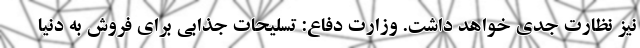
نیز نظارت جدی خواهد داشت. وزارت دفاع: تسلیحات جذابی برای فروش به دنیا